Vital statistics of India. Vol. IV, Annual returns from 1871 to 1876. British Army of India, Native Army and jails of Bengal
Year: 1871
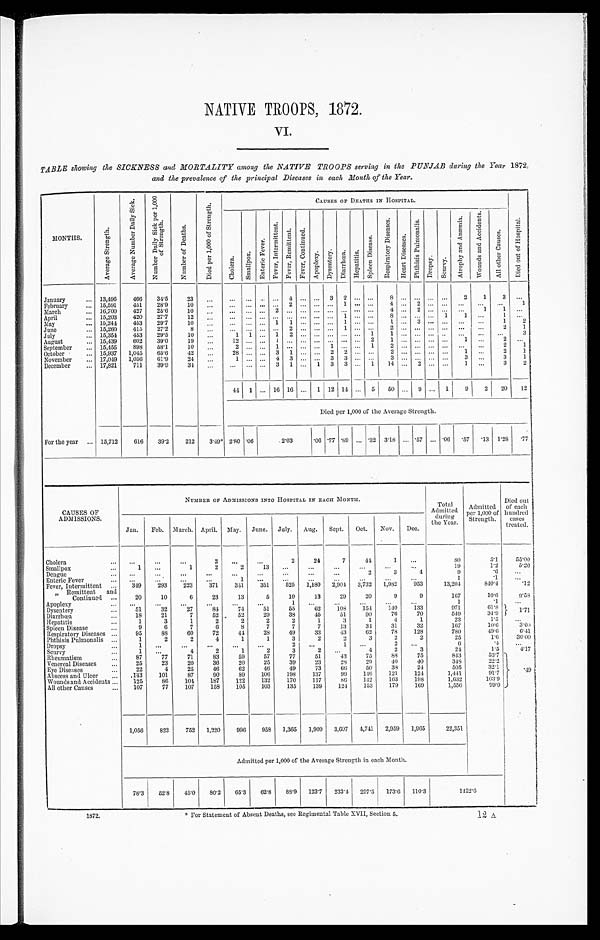
NATIVE TROOPS, 1872.
VI.
TABLE showing the SICKNESS and MORTALITY among the NATIVE TROOPS serving in the PUNJAB during the Year 1872,
and the prevalence of the principal Diseases in each Month of the Year.
MONTHS.
A v e r a g e S t r e n g t h .
A v e r a g e N u m b e r D a i l y S i c k .
N u m b e r D a i l y S i c k p e r 1 , 0 0 0 o f S t r e n g t h .
N u m b e r o f D e a t h s .
D i e d p e r 1 , 0 0 0 o f S t r e n g t h .
CAUSES OF DEATHS IN HOSPITAL.
D i e d o u t o f H o s p i t a l .
C h o l e r a .
S m a l l p o x .
E n t e r i c F e v e r .
F e v e r , I n t e r m i t t e n t . F e v e r , R e m i t t e n t . F e v e r , C o n t i n u e d .
A p o p l e x y .
D y s e n t e r y .
D i a r r h œ a . H e p a t i t i s .
S p l e e n D i s e a s e .
R e s p i r a t o r y D i s e a s e s .
H e a r t D i s e a s e s .
P h t h i s i s P u l m o n a l i s .
D r o p s y .
S c u r v y .
A t r o p h y a n d A n æ m i a .
W o u n d s a n d A c c i d e n t s .
A l l o t h e r s C a u s e s .
January . . .
13,496
466
34.5
23
. . .
. . .
. . .
. . .
. . . 4 . . .
. . . 3 2
. . . . . . 8
. . . . . . . . .
. . .
2
1
3
. . .
February . . .
15,591
451
28.9
10
. . .
. . . . . . . . .
. . .
2 . . .
. . . . . . 1
. . . . . . 4
. . . 2
. . . . . . . . .
. . .
. . .
1
March . . .
16,700
427
25.6
10
. . .
. . . . . . . . .
2 . . . . . .
. . . . . . . . . . . . . . .
4 . . . 2 . . . . . .
. . .
1
1
. . .
April . . .
15,203
420
27.7
12
. . .
. . .
. . . . . .
. . . . . . . . .
. . . . . . 1
. . .
. . .
8 . . . . . . . . . 1
1
. . .
1
. . .
May . . .
15,244
453
29.7
10
. . .
. . . . . . . . . 1
1 . . .
. . . . . . 1
. . .
. . .
1 . . . 3 . . . . . .
. . .
. . .
1
2
June . . .
15,260
415
27.2
8
. . .
. . .
. . . . . .
. . . 2
. . .
. . . . . . 1
. . .
. . .
2
. . . . . . . . . . . .
. . .
. . .
2
1
July . . .
15,354
453
29.5
10
. . .
1 1
. . . 1
2 . . .
. . . . . . . . . . . . 1
1
. . . . . . . . . . . . . . .
. . .
. . .
3
August . . .
15,439
602
39.0
19
. . .
12 . . . . . .
1
. . . . . .
. . . . . . . . .
. . . 2
1 . . . . . . . . . . . . 1
. . .
2
. . .
September . . .
15,455
898
58.1
10
. . .
2 . . . . . .
1 . . . . . .
. . . 1 . . . . . . 1
2 . . . . . . . . . . . .
. . .
. . .
2
1
October . . .
15,937 1,045
65.6
42
. . .
28
. . . . . . 3 1
. . .
. . . 2 2
. . . . . . 2
. . . . . . . . . . . . 1
. . .
2
1
November . . .
17,049 1,056
61 .9
24
. . .
1
. . . . . . 4 3
. . .
. . . 3 3
. . . . . . 3
. . . . . . . . . . . .
3
. . .
3
1
December . . .
17,821
711
39.9
34
. . .
. . .
. . . . . . 3 1
. . . 1 3 3
. . . 1
14
. . . 2
. . .
. . .
1
. . .
3
2
44 1 . . . 16 16 . . . 1 12 14
. . . 5
50
. . . 9
. . . 1
9
2
20
12
Died per 1,000 of the Average Strength.
For the year . . . 15,712
616
39.2
212
3.49* 2.80 .06
2 . 0 3
.06 .77 .89 . . . .32 3.18
. . . .57 . . . .06 .57
. 1 3 1.28 .77
CAUSES OF
ADMISSIONS.
NUMBER OF ADMISSIONS INTO HOSPITAL IN EACH MONTH.
Total
Admitted
during
the Year.
Admitted
per 1,000 of
Strength.
Died out
of each
hundred
cases
treated.
Jan.
Feb. March. April. May. June. July. Aug. Sept. Oct. Nov. Dec.
Cholera . . .
. . .
. . .
. . .
2
. . .
. . .
2
24
7
44
1
. . .
8 0
5 . l
55.00
Smallpox . . .
1
. . .
1
2
2
13
. . .
. . .
. . .
. . .
. . .
. . .
19
1.2
5.26
Dengue . . .
. . .
. . .
. . .
. . .
. . .
. . .
. . .
. . .
. . .
2
3
4
9
. 6
. . .
Enteric Fever . . .
. . .
. . .
. . .
. . .
1
. . .
. . .
. . .
. . .
. . .
. . .
. . .
1
.1
. . .
Fever, Intermittent . . .
349
293
223
371
341
351
525 1,180 2,904 3,732 1,982
953
13,204
840.4
.12
" Remittent and
Continued . . .
20
10
6
23
13
5
10
13
29
20
9
9
167
10.6
9.58
Apoplexy . . .
. . .
. . .
. . .
. . .
. . .
. . .
1
. . .
. . .
. . .
. . .
. . .
1
.1
. . .
Dysentery . . .
51
32
27
84
74
51
55
62
108
154
140
133
971
61.8
1.71
Diarrhœa . . .
18
21
7
52
52
29
38
45
51
90
76
70
549
34.9
Hepatitis . . .
1
3
1
2
2
2
2
1
3
1
4
1
23
1.5
. . .
Spl een Di s eas e . . .
9
6
7
6
8
7
7
7
13
34
31
32
167
10.6
3.00
Respiratory Diseases . . .
95
88
60
72
44
28
49
33
43
62
78
128
780
49.6
6.41
Phthisis Pulmonalis . . .
1
2
2
4
1
1
3
2
2
3
2
2
25
1.6
36.00
Dropsy . . .
1
. . .
. . .
. . .
. . .
. . .
2
. . .
1
. . .
2
. . .
6
. 4
. . .
Scurvy . . .
1
. . .
4
2
1
2
3
2
. . .
4
2
3
24
1.5
4.17
Rheumatism . . .
87
77
71
83
59
57
77
51
43
75
88
75
843
53.7
.49
Venereal Diseases . . .
25
23
20
36
20
25
39
23
28
29
40
40
348
22.2
Eye Diseases . . .
22
4
25
46
62
46
49
73
66
50
3 8
24
505
32.1
Abscess and Ulcer . . .
.143
101
87
90
89
106
198
137
99
146
121
124
1,441
91.7
Wounds and Accidents . . .
125
86
104
187
122
132
170
117
86
142
163
198
1,632
103.9
All other Causes . . .
107
77
107
158
105
103
135
139
124
153
179
169
1,556
99.0
1,056
823
752 1,220
996
958 1,365 1,909 3,607 4,741 2,959 1,965
22,351
Admitted per 1,000 of the Average Strength in each Month.
78.3 52.8 45.0 80.2 65.3
62.8
88.9 123.7 233.4 297.5 173.6 110.3
1422.6
* For Statement of Absent Deaths, sec Regimental Table XVII, Section 5.
1872.
12 A